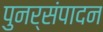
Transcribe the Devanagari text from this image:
पुनर्संपादन